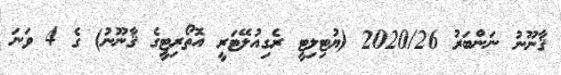
ޤާނޫނު ނަންބަރު 2020/26 (ޔުޓިލިޓީ ރެގިއުލޭޓަރީ އޮތޯރިޓީގެ ޤާނޫނު) ގެ 4 ވަނަ